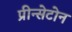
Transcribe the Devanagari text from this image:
प्रीन्सेटोन